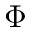
\Phi